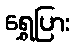
ရွှေပြား